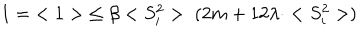
1 = \; < 1 > \; \leq \beta < S _ { i } ^ { 2 } > \cdot ( 2 m + 1 2 \lambda \cdot < S _ { i } ^ { 2 } > )